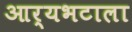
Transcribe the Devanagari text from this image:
आर्यभटाला